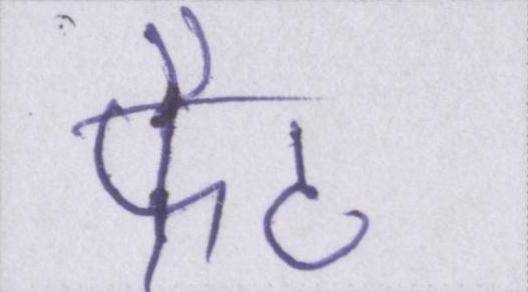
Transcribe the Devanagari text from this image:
फैट